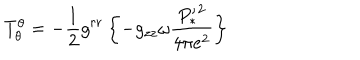
LaTeX: T _ { \theta } ^ { \theta } = - \frac { 1 } { 2 } g ^ { r r } \left\{ - g _ { z z } \omega \frac { { P _ { * } ^ { \prime } } ^ { 2 } } { 4 \pi e ^ { 2 } } \right\}